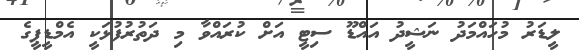
ލީޑަރު މުހައްމަދު ނަޝީދު އައްޑޫ ސިޓީ އަށް ކުރައްވާ މި ދަތުރުފުޅަކީ އެމްޑީޕީގެ